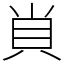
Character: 𧴪